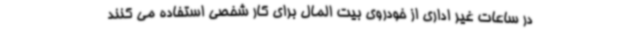
در ساعات غیر اداری از خودروی بیت المال برای کار شخصی استفاده می کنند